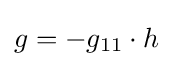
g=-g_{11}\cdot h